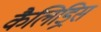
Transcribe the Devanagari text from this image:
कैलिड्रिस